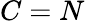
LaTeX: C=N